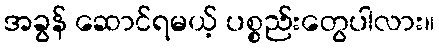
အခွန် ဆောင်ရမယ့် ပစ္စည်းတွေပါလား။